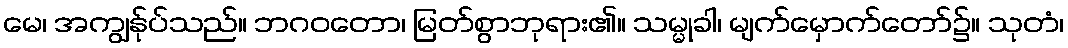
မေ၊ အကျွန်ုပ်သည်။ ဘဂဝတော၊ မြတ်စွာဘုရား၏။ သမ္မုခါ၊ မျက်မှောက်တော်၌။ သုတံ၊